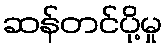
ဆန်တင်ပို့မှု